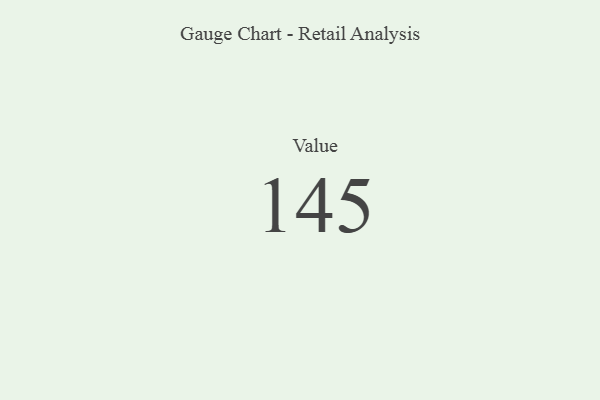
{"axis": {"x": "Metric", "y": "Value"}, "legend": [""], "data": [{"x": "Value", "y": 145, "type": ""}]}